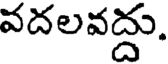
వదలవద్దు.